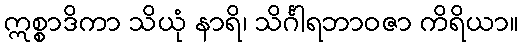
ဣစ္စာဒိကာ သိယုံ နာရိ၊ သိင်္ဂါရဘာဝဇာ ကိရိယာ။